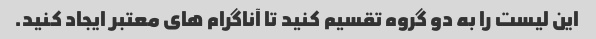
این لیست را به دو گروه تقسیم کنید تا آناگرام های معتبر ایجاد کنید.